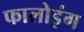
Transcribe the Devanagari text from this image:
फालोइंग